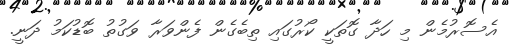
އެސޮރުމެން މި ހަދާ ގޮތަކީ ކޯރުގައި ތިބެގެން ފެންވަރާ ވަގުތު ބޮޑުކަމު ދަނީ.